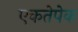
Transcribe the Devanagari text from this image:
एकतेपेक